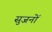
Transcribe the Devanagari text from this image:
सुजनों